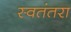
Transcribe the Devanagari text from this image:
स्वतंतरा